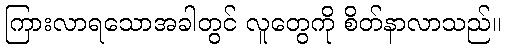
ကြားလာရသောအခါတွင် လူတွေကို စိတ်နာလာသည်။